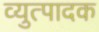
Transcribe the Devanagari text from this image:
व्युत्पादक